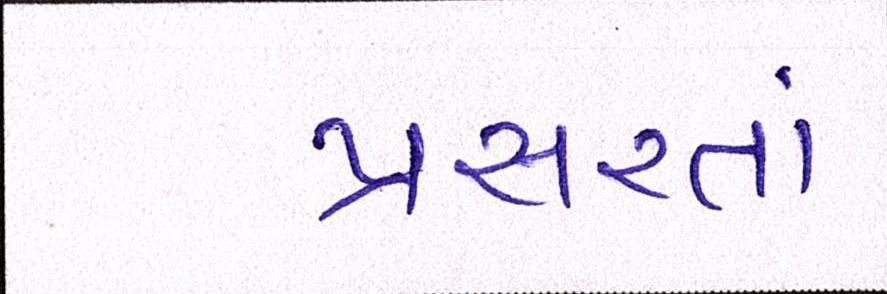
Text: પ્રસરતાં